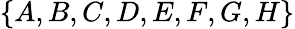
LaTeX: \{ A,B,C,D,E,F,G,H\}